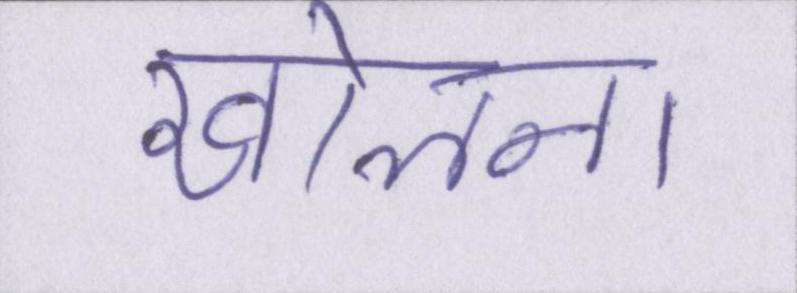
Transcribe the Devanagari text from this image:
खोलना